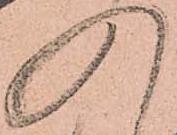
入